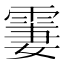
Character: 霋